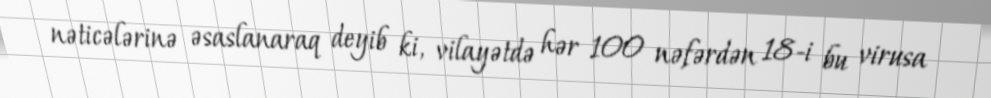
nəticələrinə əsaslanaraq deyib ki, vilayətdə hər 100 nəfərdən 18-i bu virusa